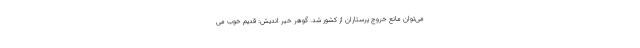
می‌توان مانع خروج پرستاران از کشور شد. گوهر خیر اندیش: قدیم خوب می